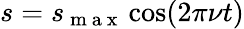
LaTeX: s=s_{\mathrm{~m~a~x~}}\cos(2\pi\nu t)